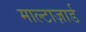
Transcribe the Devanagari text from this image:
माल्टाज़ार्ड